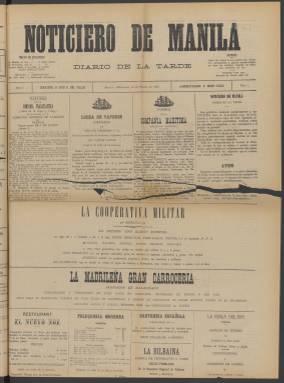
Título: Noticiero de Manila
Colección: Periódicos
Ámbito geográfico: Filipinas
Lugar de publicación: Manila
Fechas: 18/03/1896-24/03/1896